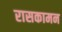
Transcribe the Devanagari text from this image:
रासकामन